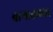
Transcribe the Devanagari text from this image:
बागातयदार